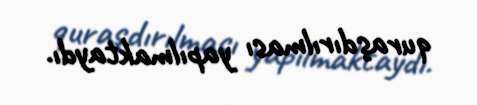
quraşdırılması yapılmaktaydı.